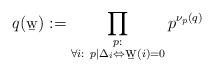
LaTeX: \begin{align*}q(\b{w}):=\prod_{\substack{p:\\ \forall i : \ p \mid \Delta_{i}\Leftrightarrow\b{w}(i)=0}}p^{\nu_p(q)}\end{align*}